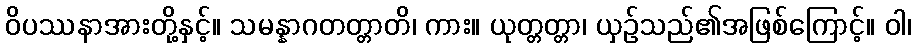
ဝိပဿနာအားတို့နှင့်။ သမန္နာဂတတ္တာတိ၊ ကား။ ယုတ္တတ္တာ၊ ယှဉ်သည်၏အဖြစ်ကြောင့်။ ဝါ၊